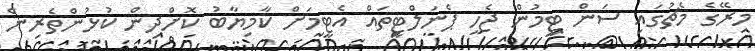
މިރޭގެ މެޗުގައި ސަން ޓީމުން ޖެހި ޕެނަލްޓީތައް އެޓީމަށް ކާމިޔާބު ކޮށްދިން ކުޅުންތެރިން